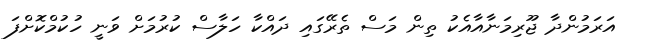
އަރަމުންދާ ޖޫރިމަނާއާއެކު ތިން މަސް ތެރޭގައި ދައްކާ ހަލާސް ކުރުމަށް ވަނީ ހުކުމްކޮށްފަ